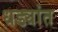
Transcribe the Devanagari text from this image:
धड्यांत